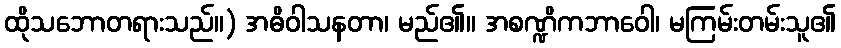
ထိုသဘောတရားသည်။) အဓိဝါသနတာ၊ မည်၏။ အစဏ္ဍိကဘာဝေါ၊ မကြမ်းတမ်းသူ၏